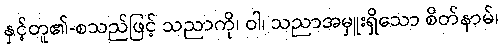
နှင့်တူ၏-စသည်ဖြင့် သညာကို၊ ဝါ၊ သညာအမှူးရှိသော စိတ်နာမ်၊